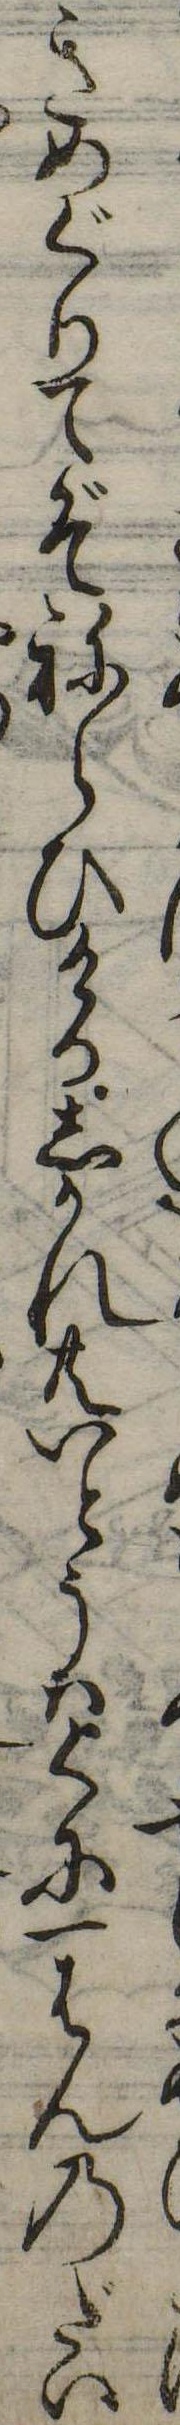
きめぐりてぞねらひけりしかれ共いとうはくに一はんのだい